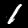
Digit: 1